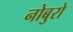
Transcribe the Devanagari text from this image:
नोबुरो